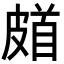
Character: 𩠗